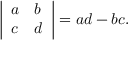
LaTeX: { \left| \begin{array} { l l } { a } & { b } \\ { c } & { d } \end{array} \right| } = a d - b c .